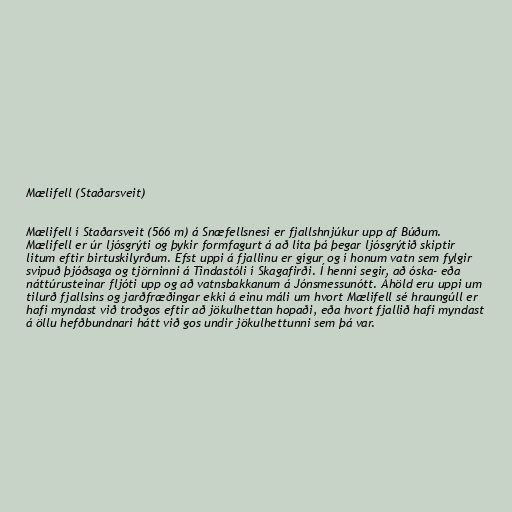
Mælifell (Staðarsveit)

Mælifell í Staðarsveit (566 m) á Snæfellsnesi er fjallshnjúkur upp af Búðum.
Mælifell er úr ljósgrýti og þykir formfagurt á að líta þá þegar ljósgrýtið skiptir
litum eftir birtuskilyrðum. Efst uppi á fjallinu er gígur og í honum vatn sem fylgir
svipuð þjóðsaga og tjörninni á Tindastóli í Skagafirði. Í henni segir, að óska- eða
náttúrusteinar fljóti upp og að vatnsbakkanum á Jónsmessunótt. Áhöld eru uppi um
tilurð fjallsins og jarðfræðingar ekki á einu máli um hvort Mælifell sé hraungúll er
hafi myndast við troðgos eftir að jökulhettan hopaði, eða hvort fjallið hafi myndast
á öllu hefðbundnari hátt við gos undir jökulhettunni sem þá var.